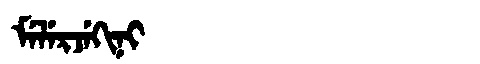
Manchu: ᠮᡝᠯᡝᡵᠵᡝᡴᡳᠨᡳ
Romanization: MELERJEKINI